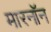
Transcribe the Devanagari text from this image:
मारनॉन